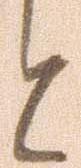
と